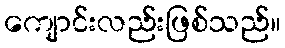
ကျောင်းလည်းဖြစ်သည်။